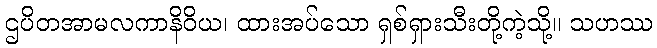
ဌပိတအာမလကာနိဝိယ၊ ထားအပ်သော ရှစ်ရှားသီးတို့ကဲ့သို့။ သဟဿ